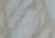
أفتحها